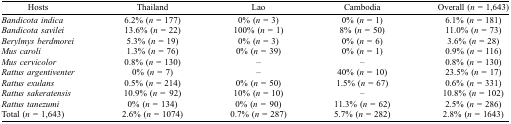
| Hosts | Thailand | Lao | Cambodia | Overall (n = 1,643) |
 | --- | --- | --- | --- | --- |
 | Bandicota indica | 6.2% (n = 177) | 0% (n = 3) | 0% (n = 1) | 6.1% (n = 181) |
 | Bandicota savilei | 13.6% (n = 22) | 100% (n = 1) | 8% (n = 50) | 11.0% (n = 73) |
 | Berylmys berdmorei | 5.3% (n = 19) | 0% (n = 3) | 0% (n = 6) | 3.6% (n = 28) |
 | Mus caroli | 1.3% (n = 76) | 0% (n = 39) | 0% (n = 1) | 0.9% (n = 116) |
 | Mus cervicolor | 0.8% (n = 130) | – | – | 0.8% (n = 130) |
 | Rattus argentiventer | 0% (n = 7) | – | 40% (n = 10) | 23.5% (n = 17) |
 | Rattus exulans | 0.5% (n = 214) | 0% (n = 50) | 1.5% (n = 67) | 0.6% (n = 331) |
 | Rattus sakeratensis | 10.9% (n = 92) | 10% (n = 10) | – | 10.8% (n = 102) |
 | Rattus tanezumi | 0% (n = 134) | 0% (n = 90) | 11.3% (n = 62) | 2.5% (n = 286) |
 | Total (n = 1,643) | 2.6% (n = 1074) | 0.7% (n = 287) | 5.7% (n = 282) | 2.8% (n = 1643) |